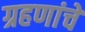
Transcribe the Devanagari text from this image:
ग्रहणांचे